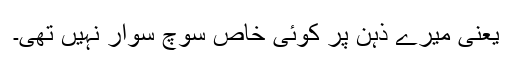
یعنی میرے ذہن پر کوئی خاص سوچ سوار نہیں تھی۔